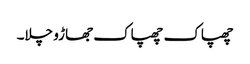
چھپاک چھپاک جھاڑو چلا۔